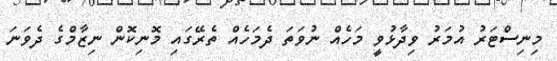
މިނިސްޓަރު އުމަރު ވިދާޅުވީ މަހެއް ނުވަތަ ދެމަހެއް ތެރޭގައި މޮނިކޮން ނިޒާމްގެ ދެވަނަ